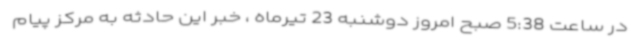
در ساعت 5:38 صبح امروز دوشنبه 23 تیرماه ، خبر این حادثه به مرکز پیام